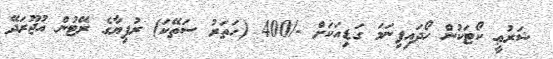
ޝަރުޢީ ކޯޓަކުން ހޯދައިފިނަމަ ގަޑިއަކަށް -/400 (ހަތަރު ސަތޭކަ) ރުފިޔާގެ ރޭޓުން އުޖޫރަދޭ